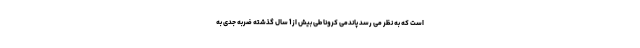
است که به نظر می رسد پاندمی کرونا طی بیش از 1 سال گذشته ضربه جدی به